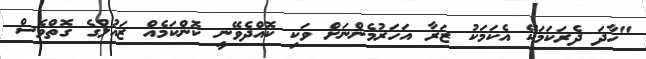
"ހާދަ ދެރަކަމަކޭ އެކަމަކު ޒަރާ އަހަރުމެންނަށް ވަކި ކޮއްދެވޭނީ ކޮންކަމެއް ޒައުލްގެ ގޮތްވެސް